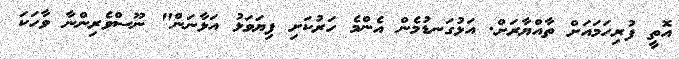
އޮތީ ފުރިހަމައަށް ތާއްޔާރަށް. އަޅުގަނޑުމެން އެންމެ ހަރުކަށި ފިޔަވަޅު އަޅާނަން" ނޫސްވެރިންނާ ވާހަކަ